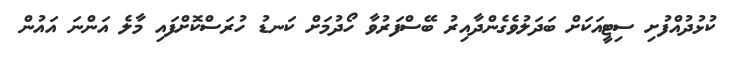
ކުޅުދުއްފުށި ސިޓީއަކަށް ބަދަލުވެގެންދާއިރު ބޭސްފަރުވާ ހޯދުމަށް ކަނޑު ހުރަސްކޮށްފައި މާލެ އަންނަ އައުން